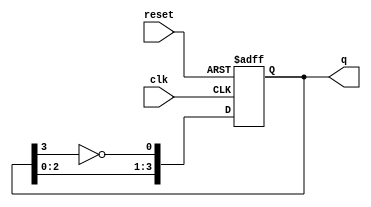
module johnson_counter #(parameter N = 4) (
    input wire clk,              // Clock input
    input wire reset,            // Asynchronous reset
    output reg [N-1:0] q         // Counter output
);

    // Always block for the Johnson counter operation
    always @(posedge clk or posedge reset) begin
        if (reset) begin
            // Initialize the counter to zero on reset
            q <= 0;
        end else begin
            // Shift the counter state and invert the last flip-flop
            q <= {q[N-2:0], ~q[N-1]};
        end
    end

endmodule